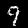
Digit: 9